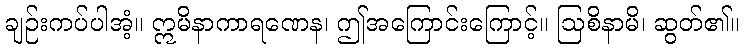
ချဉ်းကပ်ပါအံ့။ ဣမိနာကာရဏေန၊ ဤအကြောင်းကြောင့်။ ဩစိနာမိ၊ ဆွတ်၏။